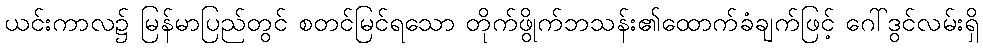
ယင်းကာလ၌ မြန်မာပြည်တွင် စတင်မြင်ရသော တိုက်ဖွိုက်ဘသန်း၏ထောက်ခံချက်ဖြင့် ဂေါ်ဒွင်လမ်းရှိ